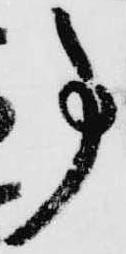
事